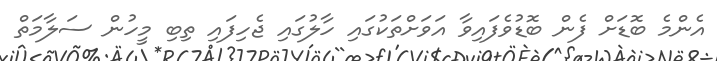
އެންމެ ބޮޑަށް ފެން ބޮޑުވެފައިވާ އަވަށްތަކުގައި ހާލުގައި ޖެހިފައި ތިބި މީހުން ސަލާމަތް